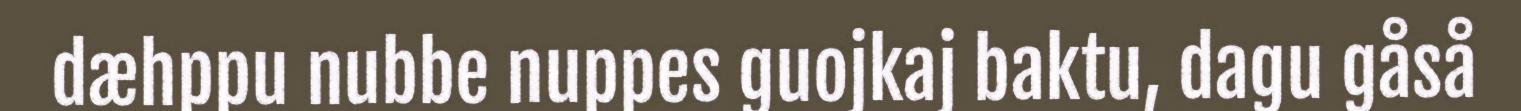
dæhppu nubbe nuppes guojkaj baktu, dagu gåså